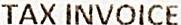
TAX INVOICE